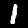
Label: 1